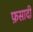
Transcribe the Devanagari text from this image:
फ़सादी